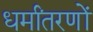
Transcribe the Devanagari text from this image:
धर्मांतरणों